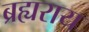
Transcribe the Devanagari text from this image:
ब्रह्यराय